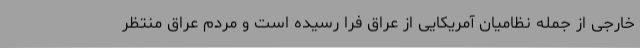
خارجی از جمله نظامیان آمریکایی از عراق فرا رسیده است و مردم عراق منتظر